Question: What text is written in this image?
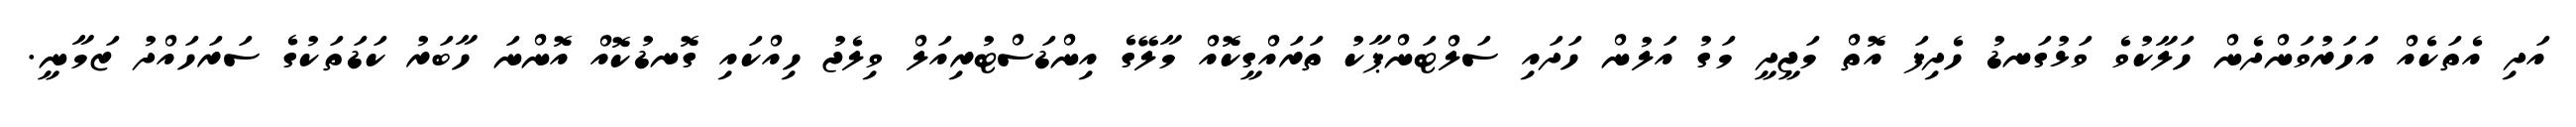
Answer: އަދި އެތަކެއް އަހަރުވަންދެން ހަލާކުވެ ވަޅުގަނޑު ހެދިފަ އޮތް މަޖީދީ މަގު އަލުން ހަދައި ސަލްޓަންޕާކު ތަރައްގީކޮއް މާލޭގެ އިންޑަސްޓުރިއަލް ވިލެޖު ހިއްކައި ގޮނޑުކޮއް އޮންނަ ހާބަރު ކަޑަތަކުގެ ސަރަހައްދު ޒަމާނީ.